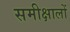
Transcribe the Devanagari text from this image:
समीक्षालों